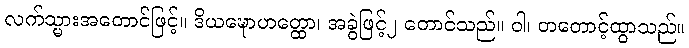
လက်သ္မားအတောင်ဖြင့်။ ဒိယဍ္ဎောဟတ္ထော၊ အခွဲဖြင့်၂ တောင်သည်။ ဝါ၊ တတောင့်ထွာသည်။